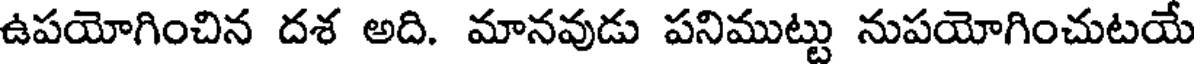
ఉపయోగించిన దశ అది. మానవుడు పనిముట్టు నుపయోగించుటయే